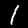
Label: 1